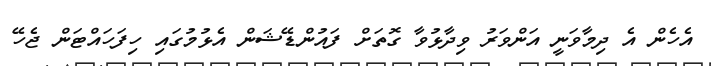
އެހެން އެ ދިމާވަނީ އަންވަރު ވިދާޅުވާ ގޮތަށް ފައުންޑޭޝަން އެޅުމުގައި ހިފަހައްޓަން ޖެހޭ